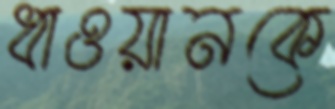
ধাওয়ানকে